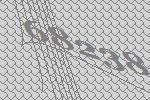
68238